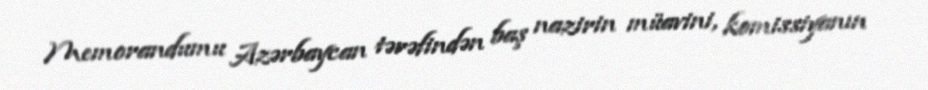
Memorandumu Azərbaycan tərəfindən baş nazirin müavini, komissiyanın